Burma Government Medical School reports 1923-41
Year: 1923
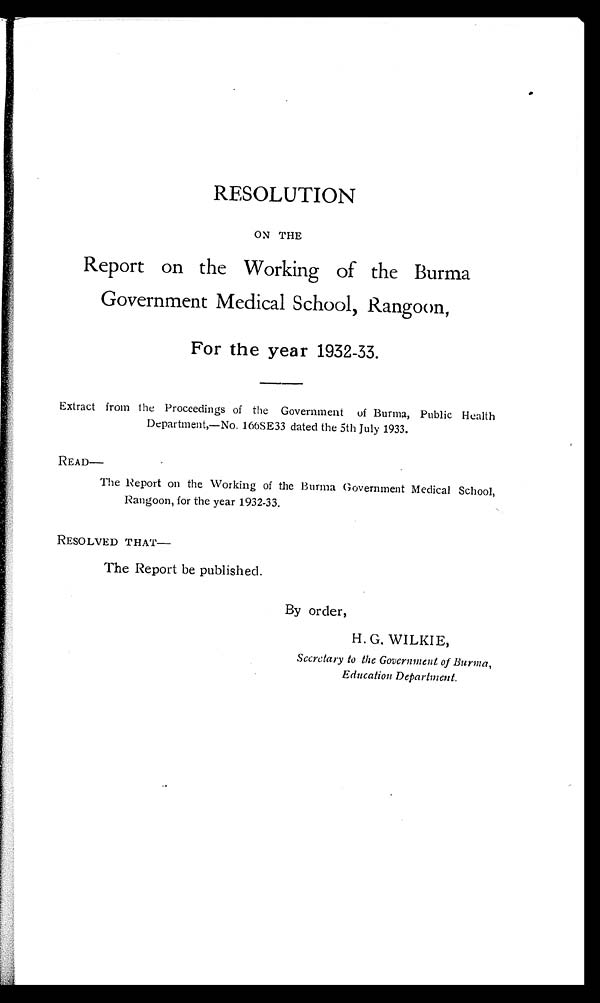
RESOLUTION
ON THE
Report on the Working of the Burma
Government Medical School, Rangoon,
For the year 1932-33.
Extract from the Proceedings of the Government of Burma, Public Health
Department,—No. 166SE33 dated the 5th July 1933.
READ—
The Report on the Working of the Burma Government Medical School,
Rangoon, for the year 1932-33.
RESOLVED THAT—
The Report be published.
By order,
H. G. WILKIE,
Secretary to the Government of Burma,
Education Department.